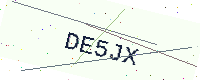
Text: DE5JX